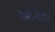
ઓગવા